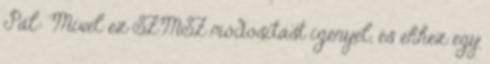
Pál: Mivel ez SZMSZ módosítást igényel, és ehhez egy